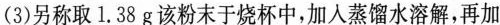
(3)另称取1.38g该粉末于烧杯中，加入蒸馏水溶解，再加